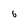
Character: 6